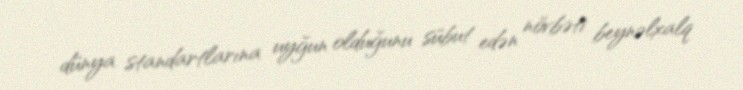
dünya standartlarına uyğun olduğunu sübut edən növbəti beynəlxalq